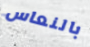
بالنعاس